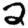
Digit: 2